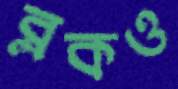
ব্লকও